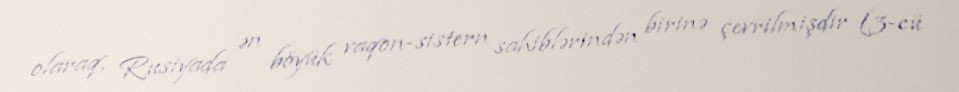
olaraq, Rusiyada ən böyük vaqon-sistern sahiblərindən birinə çevrilmişdir (3-cü